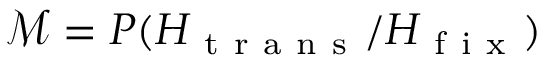
\mathcal { M } = P ( H _ { \mathrm { ~ t ~ r ~ a ~ n ~ s ~ } } / H _ { \mathrm { ~ f ~ i ~ x ~ } } )